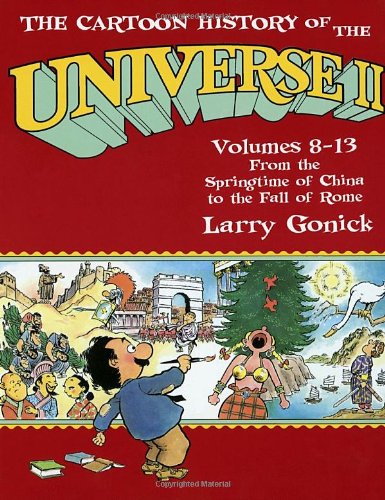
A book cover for The Cartoon History of the Universe II, Volumes 8-13: From the Springtime of China to the Fall of Rome (Pt.2); Larry Gonick; Comics & Graphic Novels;